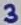
Text: 3